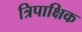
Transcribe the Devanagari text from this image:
त्रिपाक्षिक